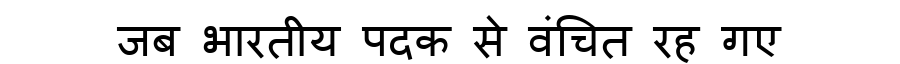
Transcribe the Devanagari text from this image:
जब भारतीय पदक से वंचित रह गए